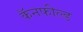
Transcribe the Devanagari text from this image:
कॅनफील्ड